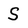
Character: S